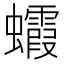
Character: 𧕖